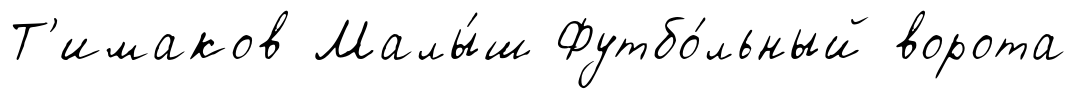
Т'имаков Малы́ш Футбо́льный ворота